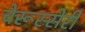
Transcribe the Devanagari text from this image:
चेरूस्सेरी